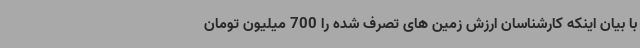
با بیان اینکه کارشناسان ارزش زمین های تصرف شده را 700 میلیون تومان